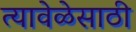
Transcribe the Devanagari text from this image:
त्यावेळेसाठी